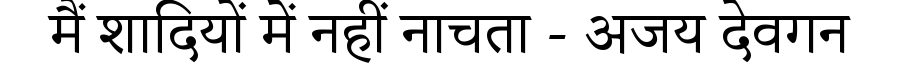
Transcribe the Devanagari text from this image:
मैं शादियों में नहीं नाचता - अजय देवगन